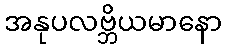
အနုပလဗ္ဘိယမာနော